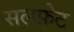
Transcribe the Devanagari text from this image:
सलफ़ेट